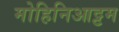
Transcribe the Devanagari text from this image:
मोहिनिआट्टम